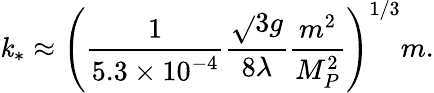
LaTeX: \mathit{k}_{*}\approx\left(\frac{{1}}{{5.3\times10^{-4}}}\frac{{\sqrt{}{{3}}g}}{{8\lambda}}\frac{{m^{2}}}{{M_{P}^{2}}}\right)^{1/3}m.